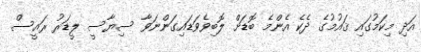
އަދި މިކަމުގައި ޤައުމުގެ ދެކެ އެންމެ ބޮޑަށް ލޮބިވެވަޑައިގަންނަވާ ސިޔާސީ ލީޑަރު ރައީސް